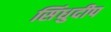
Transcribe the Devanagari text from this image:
सिंधुदीप